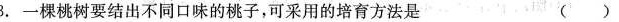
3.一棵桃树要结出不同口味的桃子，可采用的培育方法是 ( )